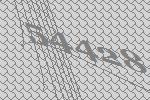
54428